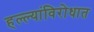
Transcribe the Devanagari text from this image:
हल्ल्यांविरोधात